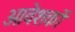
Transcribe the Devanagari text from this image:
आवेशकों